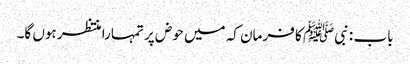
باب : نبیﷺ کا فرمان کہ میں حوض پر تمہارا منتظر ہوں گا۔